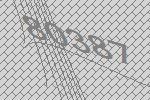
80387